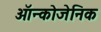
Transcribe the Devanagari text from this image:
ऑन्कोजेनिक